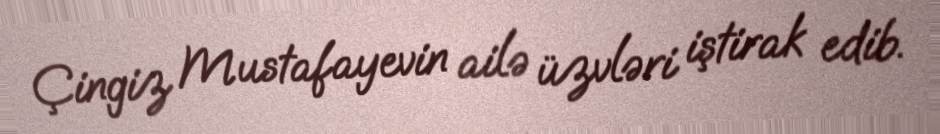
Çingiz Mustafayevin ailə üzvləri iştirak edib.